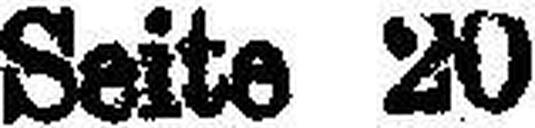
Seite 20